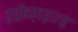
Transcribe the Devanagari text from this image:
इंप्रोव्हाइज्ड